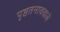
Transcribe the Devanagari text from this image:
पृष्ठतनाववाले